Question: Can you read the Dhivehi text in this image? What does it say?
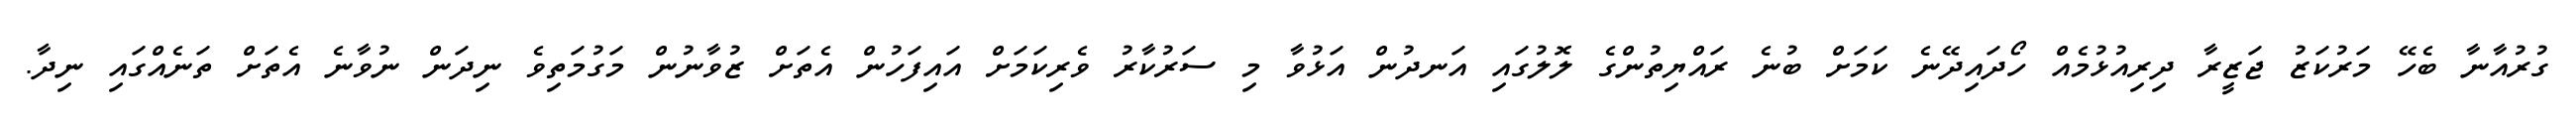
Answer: ގުރުއާނާ ބެހޭ މަރުކަޒު ޖަޒީރާ ދިރިއުޅުމެއް ހޯދައިދޭނެ ކަމަށް ބުނެ ރައްޔިތުންގެ ލޮލުގައި އަނދުން އަޅުވާ މި ސަރުކާރު ވެރިކަމަށް އައިފަހުން އެތަށް ޒުވާނުން މަގުމަތިވެ ނިދަން ނުވާނެ އެތަށް ތަނެއްގައި ނިދާ.